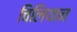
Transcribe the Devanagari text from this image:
चिलियान